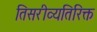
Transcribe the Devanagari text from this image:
तिसरीव्यतिरिक्त